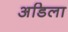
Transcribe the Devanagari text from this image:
अडिला